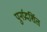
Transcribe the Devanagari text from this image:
पुनर्प्रदर्शित